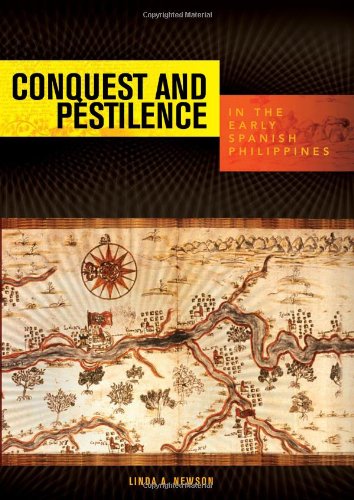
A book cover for Conquest and Pestilence in the Early Spanish Philippines; Linda A. Newson; History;